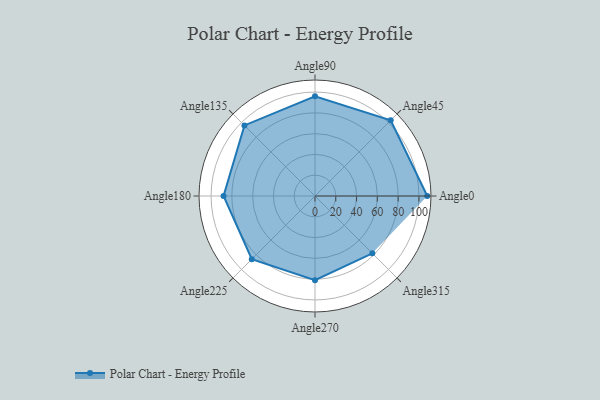
{"axis": {"x": "Angle", "y": "Radius"}, "legend": [""], "data": [{"x": "Angle0", "y": 108.0, "type": ""}, {"x": "Angle45", "y": 103.0, "type": ""}, {"x": "Angle90", "y": 96.0, "type": ""}, {"x": "Angle135", "y": 96.0, "type": ""}, {"x": "Angle180", "y": 88.0, "type": ""}, {"x": "Angle225", "y": 86.0, "type": ""}, {"x": "Angle270", "y": 81.0, "type": ""}, {"x": "Angle315", "y": 78.0, "type": ""}]}